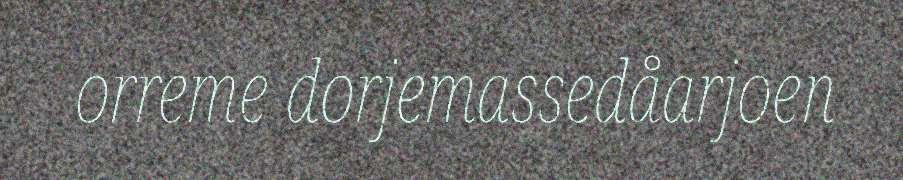
orreme dorjemassedåarjoen